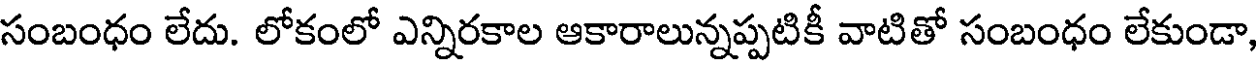
సంబంధం లేదు. లోకంలో ఎన్నిరకాల ఆకారాలున్నప్పటికీ వాటితో సంబంధం లేకుండా,